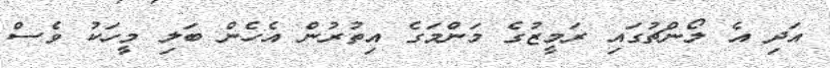
އަދި އެ ލޯންޗުގައި ރަމީޒުގެ މަންމަގެ އިތުރުން އެހެން ބަލި މީހަކު ވެސް